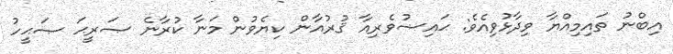
އިބްނު ތައިމިއްޔާ ވިދާޅުވިއެވެ: ޙައިޟުވެރިއާ ޤުރުއާން ކިޔެވުން މަނާ ކުރާނެ ޞަރީޙަ ޞަޙީހު